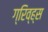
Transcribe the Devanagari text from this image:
ग्रिव्ह्स